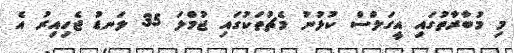
މި މުބާރާތުގައި އީގަލްސް ކުޅުނު މެޗުތަކުގައި ޖުމްލަ 35 ލަނޑު ޖެހިއިރު އެ